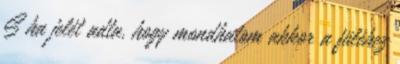
S ha jelét adta, hogy mondhatom akkor a füléhez